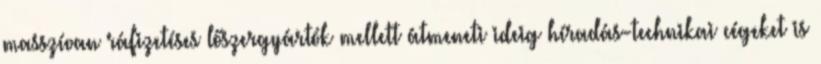
masszívan ráfizetéses lőszergyártók mellett átmeneti ideig híradás-technikai cégeket is